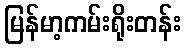
မြန်မာ့ကမ်းရိုးတန်း